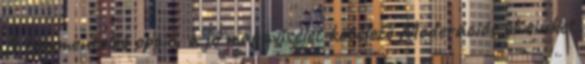
A kommentelés opció, a jó magaviselet kötelező Moderációs elveinket